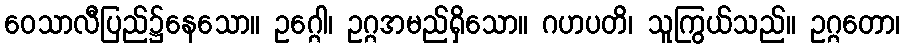
ဝေသာလီပြည်၌နေသော။ ဥဂ္ဂေါ၊ ဥဂ္ဂအမည်ရှိသော။ ဂဟပတိ၊ သူကြွယ်သည်။ ဥဂ္ဂတော၊